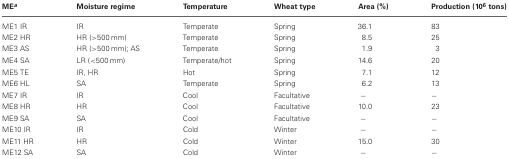
| MEa | Moisture regime | Temperature | Wheat type | Area (%) | Production (106 tons) |
 | --- | --- | --- | --- | --- | --- |
 | ME1 IR | IR | Temperate | Spring | 36.1 | 83 |
 | ME2 HR | HR (>500 mm) | Temperate | Spring | 8.5 | 25 |
 | ME3 AS | HR (>500 mm); AS | Temperate | Spring | 1.9 | 3 |
 | ME4 SA | LR (<500 mm) | Temperate/hot | Spring | 14.6 | 20 |
 | ME5 TE | IR, HR | Hot | Spring | 7.1 | 12 |
 | ME6 HL | SA | Temperate | Spring | 6.2 | 13 |
 | ME7 IR | IR | Cool | Facultative | − | − |
 | ME8 HR | HR | Cool | Facultative | 10.0 | 23 |
 | ME9 SA | SA | Cool | Facultative | − | − |
 | ME10 IR | IR | Cold | Winter | − | − |
 | ME11 HR | HR | Cold | Winter | 15.0 | 30 |
 | ME12 SA | SA | Cold | Winter | − | − |